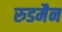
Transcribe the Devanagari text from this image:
रुडमैन